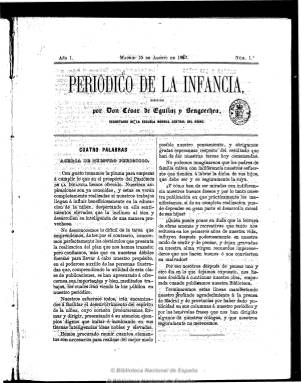
Título: Periódico de la infancia
Colección: Revistas infantiles
Ámbito geográfico: Madrid
Lugar de publicación: Madrid
Fechas: 15/08/1867-30/09/1869

Ejemplo de prensa infantil de carácter pedagógico, moral y literario, publica su primera entrega el 15 de agosto de 1867, siendo su editor y director César de Eguílaz y Bengoechea, entonces secretario de la Escuela Normal Central del Reino, publicista que también será durante una veintena de años director del longevo El magisterio español (1867-) y del periódico Instrucción para la mujer (1882-1883). Aparecía cada jueves (aunque en alguna ocasión lo hace cada cinco días), en entregas de ocho páginas, y había anunciado que lo haría en “buen papel e impresión clara y esmerada, que sin perjuicio de la abundancia de lectura, no fatigue la vista de los niños”. Aunque dados sus textos, sus lectores directos debieron ser los maestros .También había prometido que cada número llevaría una “bonita cubierta de color”, aunque hasta el del 16 de enero de 1868 no aparecerá como cabecera un grabado que ocupa el tercio superior de su primera página. También insertará otros grabados de madera de vistas o escenas, algunos intercalados en el texto y otros plegados, como láminas. Su propósito fue “influir beneficiosamente en la educación de la niñez, despertando en ella sentimientos elevados que la inclinen al bien y desarrollen su inteligencia de una manera provechosa”.

Con la vocación de cumplir la máxima “enseñar deleitando” y ser ameno, y añadiendo el término “moral” a los títulos de sus contenidos, insertará cuentos, fábulas, leyendas, consejos, diálogos, poesías, charadas, enigmas, ejemplos, problemas y composiciones en verso, como odas, romances, proverbios, plegarias o villancicos; artículos de nociones de gramática; de historia, geografía y economía política; de higiene; lecciones de ciencias físicas y naturales; notas biográficas (Españoles ilustres) o noticias curiosas y pensamientos. Utiliza también el género epistolar, como la serie Cartas a los niños sobre el Antiguo y Nuevo Testamento. Publicó asimismo listados de los estudiantes más aplicados de varias escuelas de ambos sexos.

Tuvo como secretario de redacción a Vicente Regulez y Bravo, y entre las firmas de sus textos aparecen también las de Manuel Ossorio y Bernard, Pedro Sánchez Ocaña, José P. Clemente, Menéndez Valdés, Antonio Gálvez Cornejo, Emilio Chaulié, José María Pontes, Julio de Eguílaz, Juan Eugenio Hartzenbusch, R. Seoane, Diego Vidal, Joaquín Basante, Santiago Fossas o Emilio Valero.

La vida de este periódico traspasó el final del periodo isabelino y se adentró en el Sexenio revolucionario. Hasta su número 72, de 31 de diciembre de 1868, forma su primer tomo, con un total de 576 páginas, y en esa entrega inserta un índice de sus contenidos. Al comenzar 1869 reinicia la paginación continuada, hasta llegar al número 111, correspondiente al 30 de septiembre de ese año, último de la colección en la Biblioteca Nacional de España, que alcanza hasta la página 312 y, según Palau, es completa. Sus entregas salieron de diversos establecimientos tipográficos: la Imprenta de los Hijos de Vázquez, la Imprenta del Colegio Nacional de Sordo-mudos y de Ciegos y la Imprenta de Tomás Rey y Compañía. Publicó asimismo unos almanaques ilustrados anuales. Chivelet (2009) se ha ocupado de estudiar la prensa infantil.